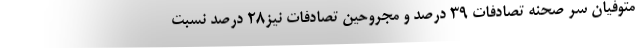
متوفیان سر صحنه تصادفات ۳۹ درصد و مجروحین تصادفات نیز۲۸ درصد نسبت